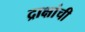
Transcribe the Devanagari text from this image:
द्राक्षांची